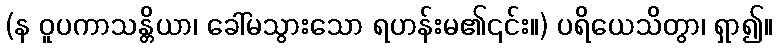
(န ဝူပကာသန္တိယာ၊ ခေါ်မသွားသော ရဟန်းမ၏၎င်း။) ပရိယေသိတွာ၊ ရှာ၍။